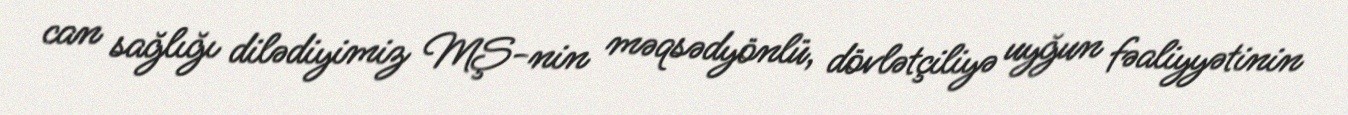
can sağlığı dilədiyimiz MŞ-nin məqsədyönlü, dövlətçiliyə uyğun fəaliyyətinin